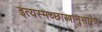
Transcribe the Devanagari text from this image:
इत्यस्मच्छास्त्रानुसारेण